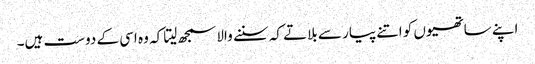
اپنے ساتھیوں کو اتنے پیار سے بلاتے کہ سننے والا سمجھ لیتا کہ وہ اسی کے دوست ہیں۔